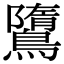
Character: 𪅿